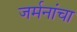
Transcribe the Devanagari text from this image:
जर्मनांचा